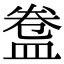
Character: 𥁸